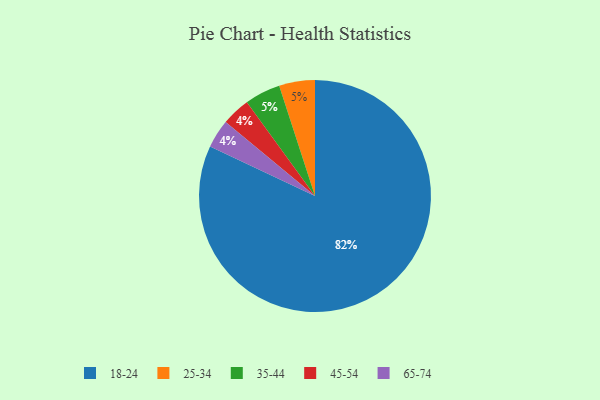
{"axis": {"x": "Category", "y": "Percentage"}, "legend": ["18-24", "25-34", "35-44", "45-54", "65-74"], "data": [{"x": "25-34", "y": 5, "type": "25-34"}, {"x": "18-24", "y": 82, "type": "18-24"}, {"x": "35-44", "y": 5, "type": "35-44"}, {"x": "45-54", "y": 4, "type": "45-54"}, {"x": "65-74", "y": 4, "type": "65-74"}]}